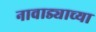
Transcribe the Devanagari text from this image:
नावाड्याच्या